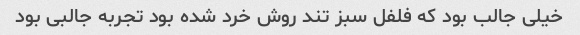
خیلی جالب بود که فلفل سبز تند روش خرد شده بود تجربه جالبی بود